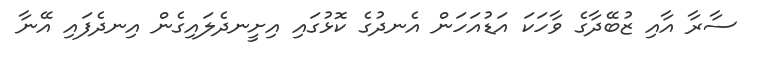
ސާރާ އާއި ޒުބޭދާގެ ވާހަކަ އަޑުއަހަން އެނދުގެ ކޮޅުގައި އިށީނދެލައިގެން އިނދެފައި އޭނާ